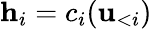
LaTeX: {\mathbf h}_{i}=c_{i}({\mathbf u}_{<i})